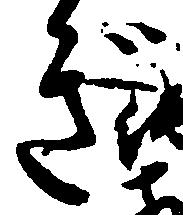
ぎ